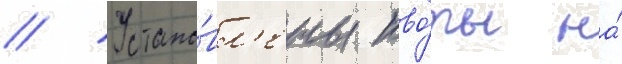
// Устано́вл'ены кво́ты на́